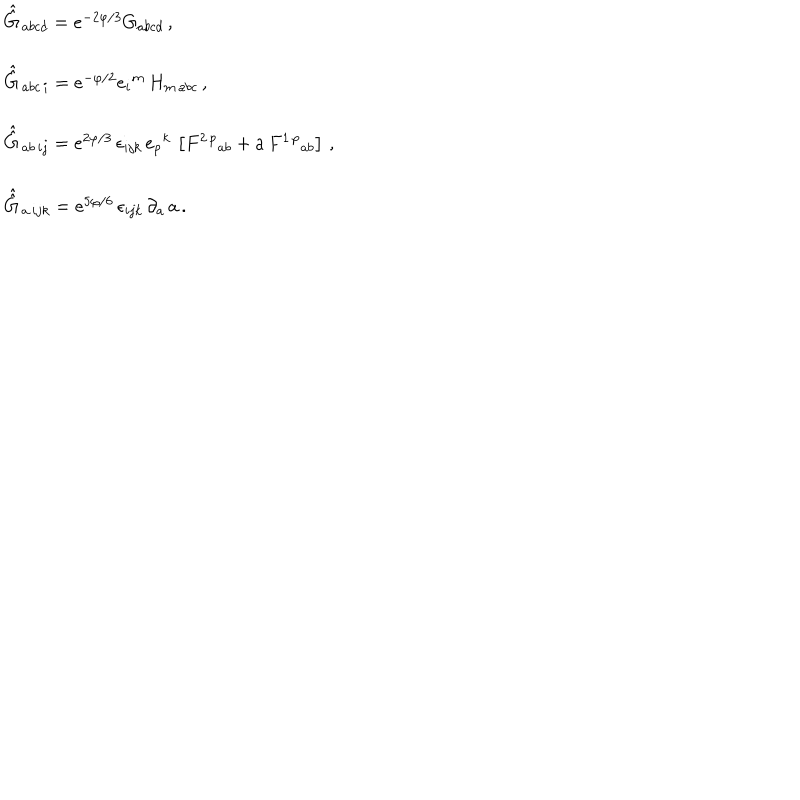
\begin{array} { r c l } { { } } & { { } } & { { \hat { \hat { G } \, } _ { a b c d } = e ^ { - 2 \varphi / 3 } G _ { a b c d } \, , } } \\ { { } } & { { } } & { { } } \\ { { } } & { { } } & { { \hat { \hat { G } \, } _ { a b c \, i } = e ^ { - \varphi / 2 } e _ { i } { } ^ { m } \, H _ { m \, a b c } \, , } } \\ { { } } & { { } } & { { } } \\ { { } } & { { } } & { { \hat { \hat { G } \, } _ { a b \, i j } = e ^ { 2 \varphi / 3 } \, \epsilon _ { i j k } \, e _ { p } { } ^ { k } \, \left[ F ^ { 2 \, p } { } _ { a b } + a \, F ^ { 1 \, p } { } _ { a b } \right] \, , } } \\ { { } } & { { } } & { { } } \\ { { } } & { { } } & { { \hat { \hat { G } \, } _ { a \, i j k } = e ^ { 5 \varphi / 6 } \, \epsilon _ { i j k } \, \partial _ { a } \, a \, . } } \\ { { } } & { { } } & { { } } \\ \end{array}